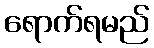
ရောက်ရမည်